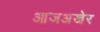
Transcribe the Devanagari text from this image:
आजअखेर